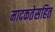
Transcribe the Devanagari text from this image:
मादकतेसहित